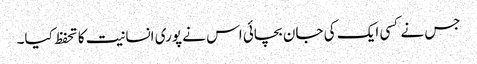
جس نے کسی ایک کی جان بچائی اس نے پوری انسانیت کا تحفظ کیا۔